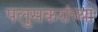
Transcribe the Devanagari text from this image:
पलुसकरांच्या